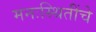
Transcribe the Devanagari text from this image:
मनःस्थितींचे